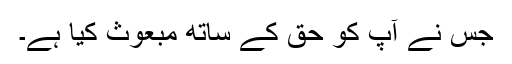
جس نے آپ کو حق کے ساتھ مبعوث کیا ہے۔